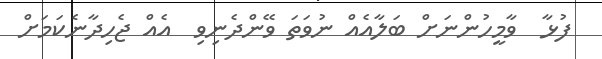
ފުޅާ  ވާމީހުންނަށް ބަލާއެއް ނުވަތަ ވޭންދެނިވި  އެއް ޖެހިދާނެކަމަށް